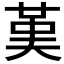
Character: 𦰩